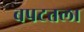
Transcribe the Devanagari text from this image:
बपटतला